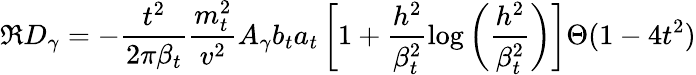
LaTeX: \Re D_{\gamma}=-\frac{t^{2}}{2\pi\beta_{t}}\frac{m_{t}^{2}}{v^{2}}A_{\gamma}b_{t}a_{t}\left[1+\frac{h^{2}}{\beta_{t}^{2}}\log\left(\frac{h^{2}}{\beta_{t}^{2}}\right)\right]\Theta(1-4t^{2})